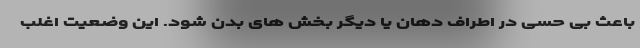
باعث بی حسی در اطراف دهان یا دیگر بخش های بدن شود. این وضعیت اغلب